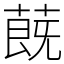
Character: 蔇